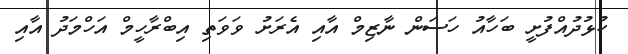
ކުޅުދުއްފުށީ ބަހާއު ހަސަން ނާޒިމް އާއި އެރަށު ވަވަތި އިބްރާހީމް އަހްމަދު އާއި